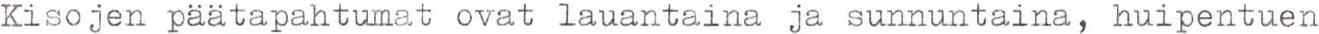
Kisojen päätapahtumat ovat lauantaina ja sunnuntaina, huipentuen